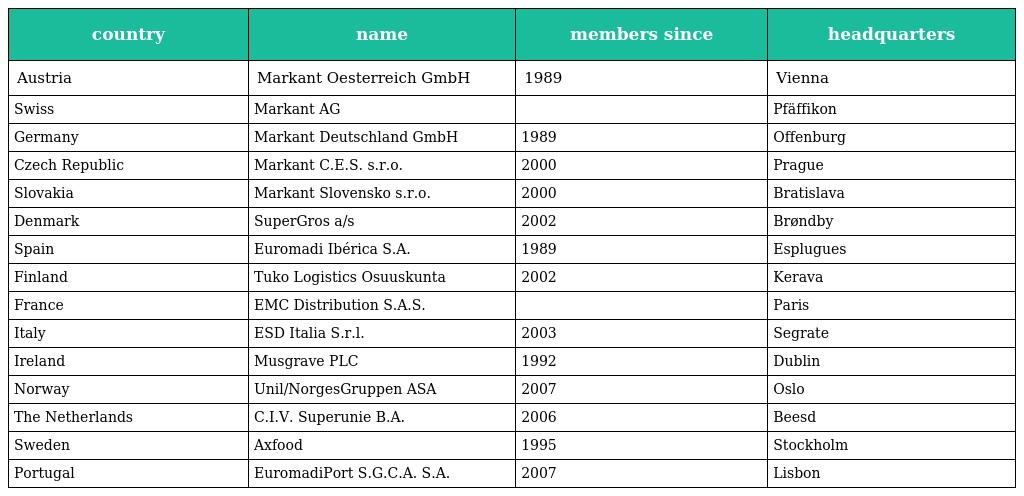
| country | name | members since | headquarters |
 | --- | --- | --- | --- |
 | Austria | Markant Oesterreich GmbH | 1989 | Vienna |
 | Swiss | Markant AG |  | Pfäffikon |
 | Germany | Markant Deutschland GmbH | 1989 | Offenburg |
 | Czech Republic | Markant C.E.S. s.r.o. | 2000 | Prague |
 | Slovakia | Markant Slovensko s.r.o. | 2000 | Bratislava |
 | Denmark | SuperGros a/s | 2002 | Brøndby |
 | Spain | Euromadi Ibérica S.A. | 1989 | Esplugues |
 | Finland | Tuko Logistics Osuuskunta | 2002 | Kerava |
 | France | EMC Distribution S.A.S. |  | Paris |
 | Italy | ESD Italia S.r.l. | 2003 | Segrate |
 | Ireland | Musgrave PLC | 1992 | Dublin |
 | Norway | Unil/NorgesGruppen ASA | 2007 | Oslo |
 | The Netherlands | C.I.V. Superunie B.A. | 2006 | Beesd |
 | Sweden | Axfood | 1995 | Stockholm |
 | Portugal | EuromadiPort S.G.C.A. S.A. | 2007 | Lisbon |